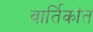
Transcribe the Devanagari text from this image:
वार्तिकांत